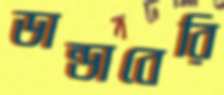
ডান্ডাবেরি